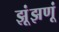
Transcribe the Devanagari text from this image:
झूंझणूं